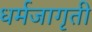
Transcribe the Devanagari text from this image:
धर्मजागृती